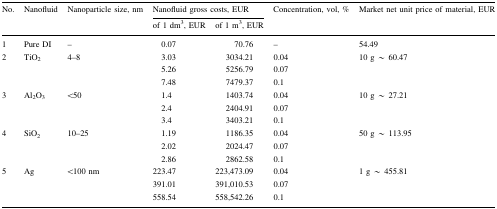
| <ROWSPAN=2> No. | <ROWSPAN=2> Nanofluid | <ROWSPAN=2> Nanoparticle size, nm | <COLSPAN=2> Nanofluid gross costs, EUR | <ROWSPAN=2> Concentration, vol, % | <ROWSPAN=2> Market net unit price of material, EUR |
 | of 1 dm3, EUR | of 1 m3, EUR |
 | --- | --- | --- | --- | --- | --- | --- |
 | 1 | Pure DI | – | 0.07 | 70.76 | – | 54.49 |
 | <ROWSPAN=3> 2 | <ROWSPAN=3> TiO2 | <ROWSPAN=3> 4–8 | 3.03 | 3034.21 | 0.04 | <ROWSPAN=3> 10 g ~ 60.47 |
 | 5.26 | 5256.79 | 0.07 |
 | 7.48 | 7479.37 | 0.1 |
 | <ROWSPAN=3> 3 | <ROWSPAN=3> Al2O3 | <ROWSPAN=3> <50 | 1.4 | 1403.74 | 0.04 | <ROWSPAN=3> 10 g ~ 27.21 |
 | 2.4 | 2404.91 | 0.07 |
 | 3.4 | 3403.21 | 0.1 |
 | <ROWSPAN=3> 4 | <ROWSPAN=3> SiO2 | <ROWSPAN=3> 10–25 | 1.19 | 1186.35 | 0.04 | <ROWSPAN=3> 50 g ~ 113.95 |
 | 2.02 | 2024.47 | 0.07 |
 | 2.86 | 2862.58 | 0.1 |
 | <ROWSPAN=3> 5 | <ROWSPAN=3> Ag | <ROWSPAN=3> <100 nm | 223.47 | 223,473.09 | 0.04 | <ROWSPAN=3> 1 g ~ 455.81 |
 | 391.01 | 391,010.53 | 0.07 |
 | 558.54 | 558,542.26 | 0.1 |